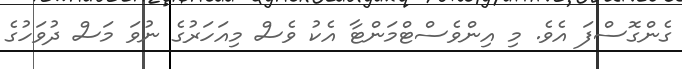
ގެންގޮސްފަ އެވެ. މި އިންވެސްޓްމަންޓާ އެކު ވެސް މިއަހަރުގެ ނުވަ މަސް ދުވަހުގެ